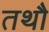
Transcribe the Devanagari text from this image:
तथौ